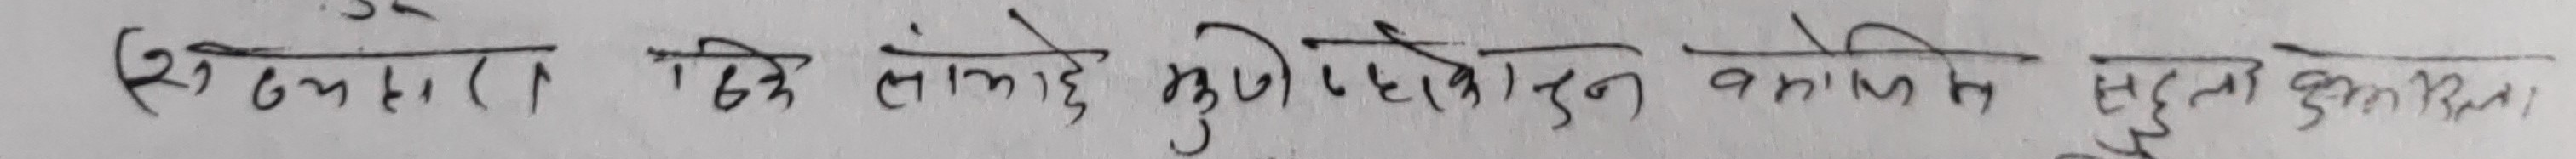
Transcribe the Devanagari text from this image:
(सन्दर्भ (१) दिई लाभाश मुद्रीकरण बापत सुलभकृत बैदाम